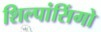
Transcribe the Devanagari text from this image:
शिल्पांसिंगो